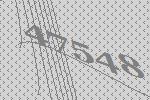
47548